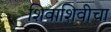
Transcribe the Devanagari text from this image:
शिवाशिवीचा